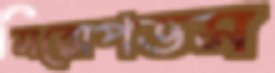
সরোপডস